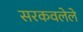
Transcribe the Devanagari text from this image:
सरकवलेले